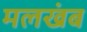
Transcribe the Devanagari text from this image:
मलखंब